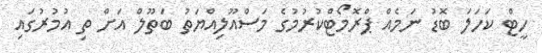
ހީޓް ކަހަލަ ބޮޑު ނަމެއް ޕްރޮމޯޓްކުރުމުގެ މަސްއޫލިއްޔަތު ބަތޫލް އަށް ތި އުމުރުގައި